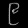
Digit: ၉